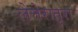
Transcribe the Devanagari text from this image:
लेत्तेरातूरा